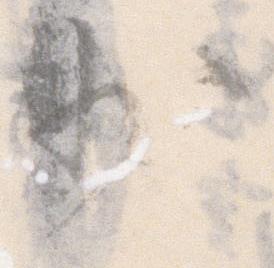
少